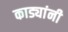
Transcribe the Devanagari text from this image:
काड्यांनी